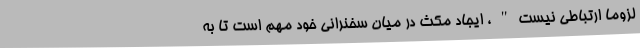
لزوماً ارتباطی نیست"، ایجاد مکث در میان سخنرانی خود مهم است تا به